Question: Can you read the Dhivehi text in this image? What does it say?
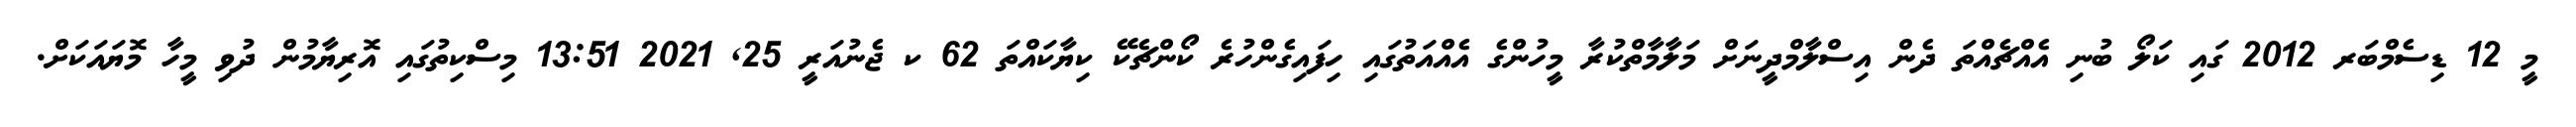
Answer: މީ 12 ޑިސެމްބަރ 2012 ގައި ކަލޯ ބުނި އެއްޗެއްތަ ދެން އިސްލާމްދީނަށް މަލާމާތްކުރާ މީހުންގެ އެއްއަތުގައި ހިފައިގެންހުރެ ކޯންޗެކޭ ކިޔާކައްތަ 62 ކ ޖެނުއަރީ 25, 2021 13:51 މިސްކިތުގައި އޮރިޔާމުން ދުވި މީހާ މޮޔައަކަށް.